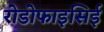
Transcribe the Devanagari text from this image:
रोडोफाइसिई